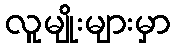
လူမျိုးများမှာ